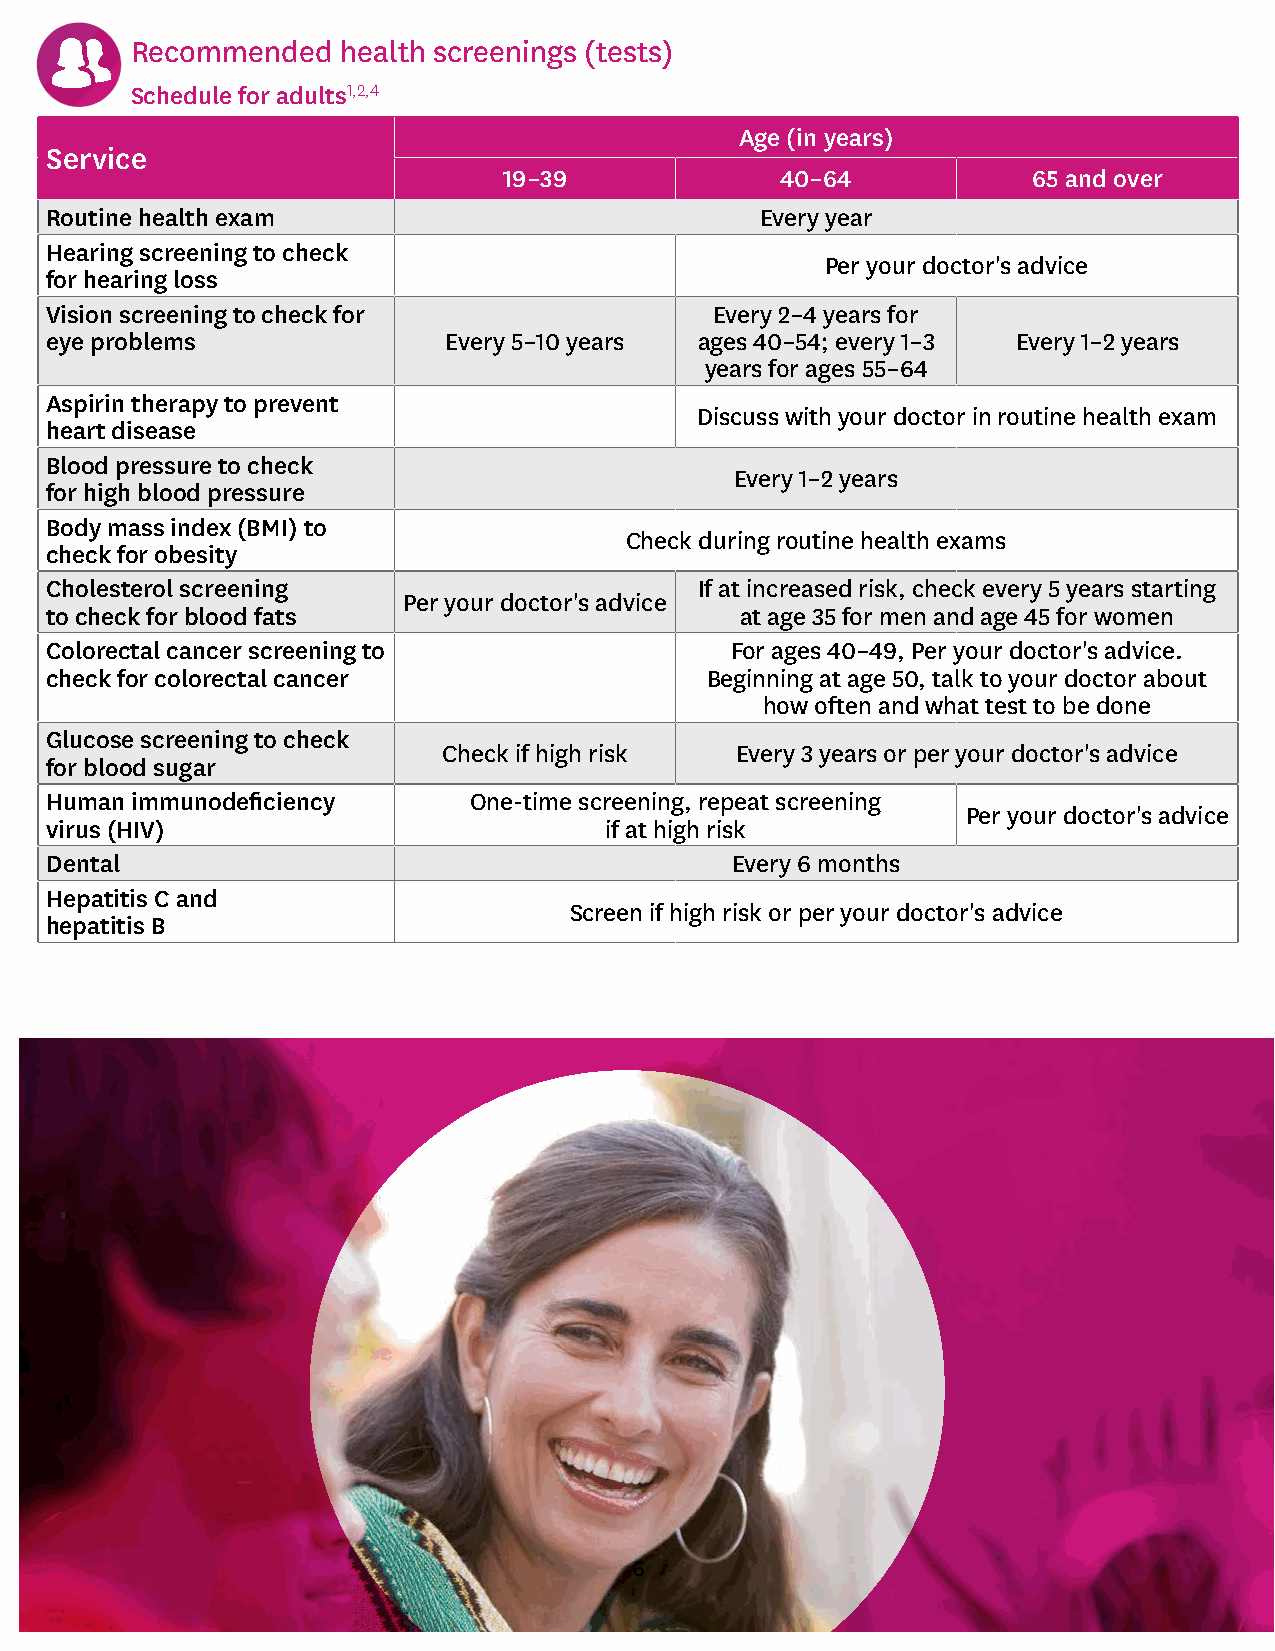
Recommended   health screenings (tests)
 Schedule for adults1,2,4
 Age (in years)
 Service
 19–39              40–64           65 and over
 Routine health exam                            Every year
 Hearing screening to check
 Per your doctor's advice
 for hearing loss
 Vision screening to check for               Every 2–4 years for
 eye problems              Every 5–10 years ages 40–54; every 1–3 Every 1–2 years
 years for ages 55–64
 Aspirin therapy to prevent
 Discuss with your doctor in routine health exam
 heart disease
 Blood pressure to check
 Every 1–2 years
 for high blood pressure
 Body mass index (BMI) to
 Check during routine health exams
 check for obesity
 Cholesterol screening                      If at increased risk, check every 5 years starting
 Per your doctor's advice
 to check for blood fats                       at age 35 for men and age 45 for women
 Colorectal cancer screening to               For ages 40–49, Per your doctor's advice.
 check for colorectal cancer                 Beginning at age 50, talk to your doctor about
 how often and what test to be done
 Glucose screening to check
 Check if high risk  Every 3 years or per your doctor's advice
 for blood sugar
 Human immunodeficiency      One-time screening, repeat screening
 Per your doctor's advice
 virus (HIV)                          if at high risk
 Dental                                       Every 6 months
 Hepatitis C and
 Screen if high risk or per your doctor's advice
 hepatitis B
 6